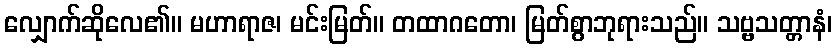
လျှောက်ဆိုလေ၏။ မဟာရာဇ၊ မင်းမြတ်။ တထာဂတော၊ မြတ်စွာဘုရားသည်။ သဗ္ဗသတ္တာနံ၊